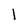
Character: 1